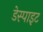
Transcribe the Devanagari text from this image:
डेस्पाइट